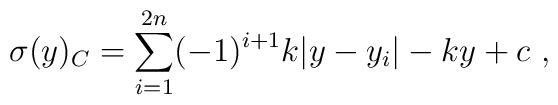
\sigma (y)_C = \sum_{i=1}^{2n} (-1)^{i+1} k |y-y_i| -k y + c ~,~\,